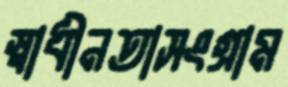
স্বাধীনতাসংগ্রাম